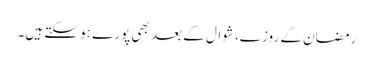
رمضان کے روزے، شوال کے بعد بھی پورے ہو سکتے ہیں۔